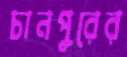
চানপুরের